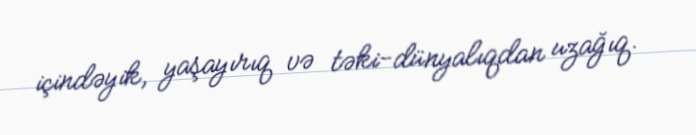
içindəyik, yaşayırıq və təki-dünyalıqdan uzağıq.